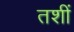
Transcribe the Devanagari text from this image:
तशीं